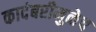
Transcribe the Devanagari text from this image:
कादंबरीमुळेच